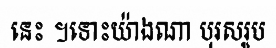
នេះ ។ទោះយ៉ាងណា បុរសរូប